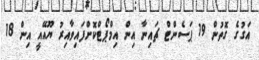
އަގުގެ ގޮތުން 19 ޕަސެންޓް ޗައިނާ އިން އިމްޕޯޓްކޮށްފައިވާއިރު ޔޫއޭއީ އިން 18